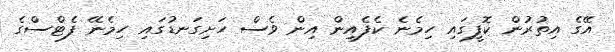
އޭގެ އިތުރުން ކޮފީގައި ހިމެނެ ކެފެއިން އިން ވެސް ހަށިގަނޑުގައި ހިމެނޭ ފެޓްސްގެ